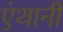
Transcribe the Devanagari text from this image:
एंथानी